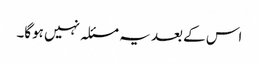
اس کے بعد یہ مسئلہ نہیں ہوگا۔